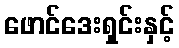
ဖောင်ဒေးရှင်းနှင့်